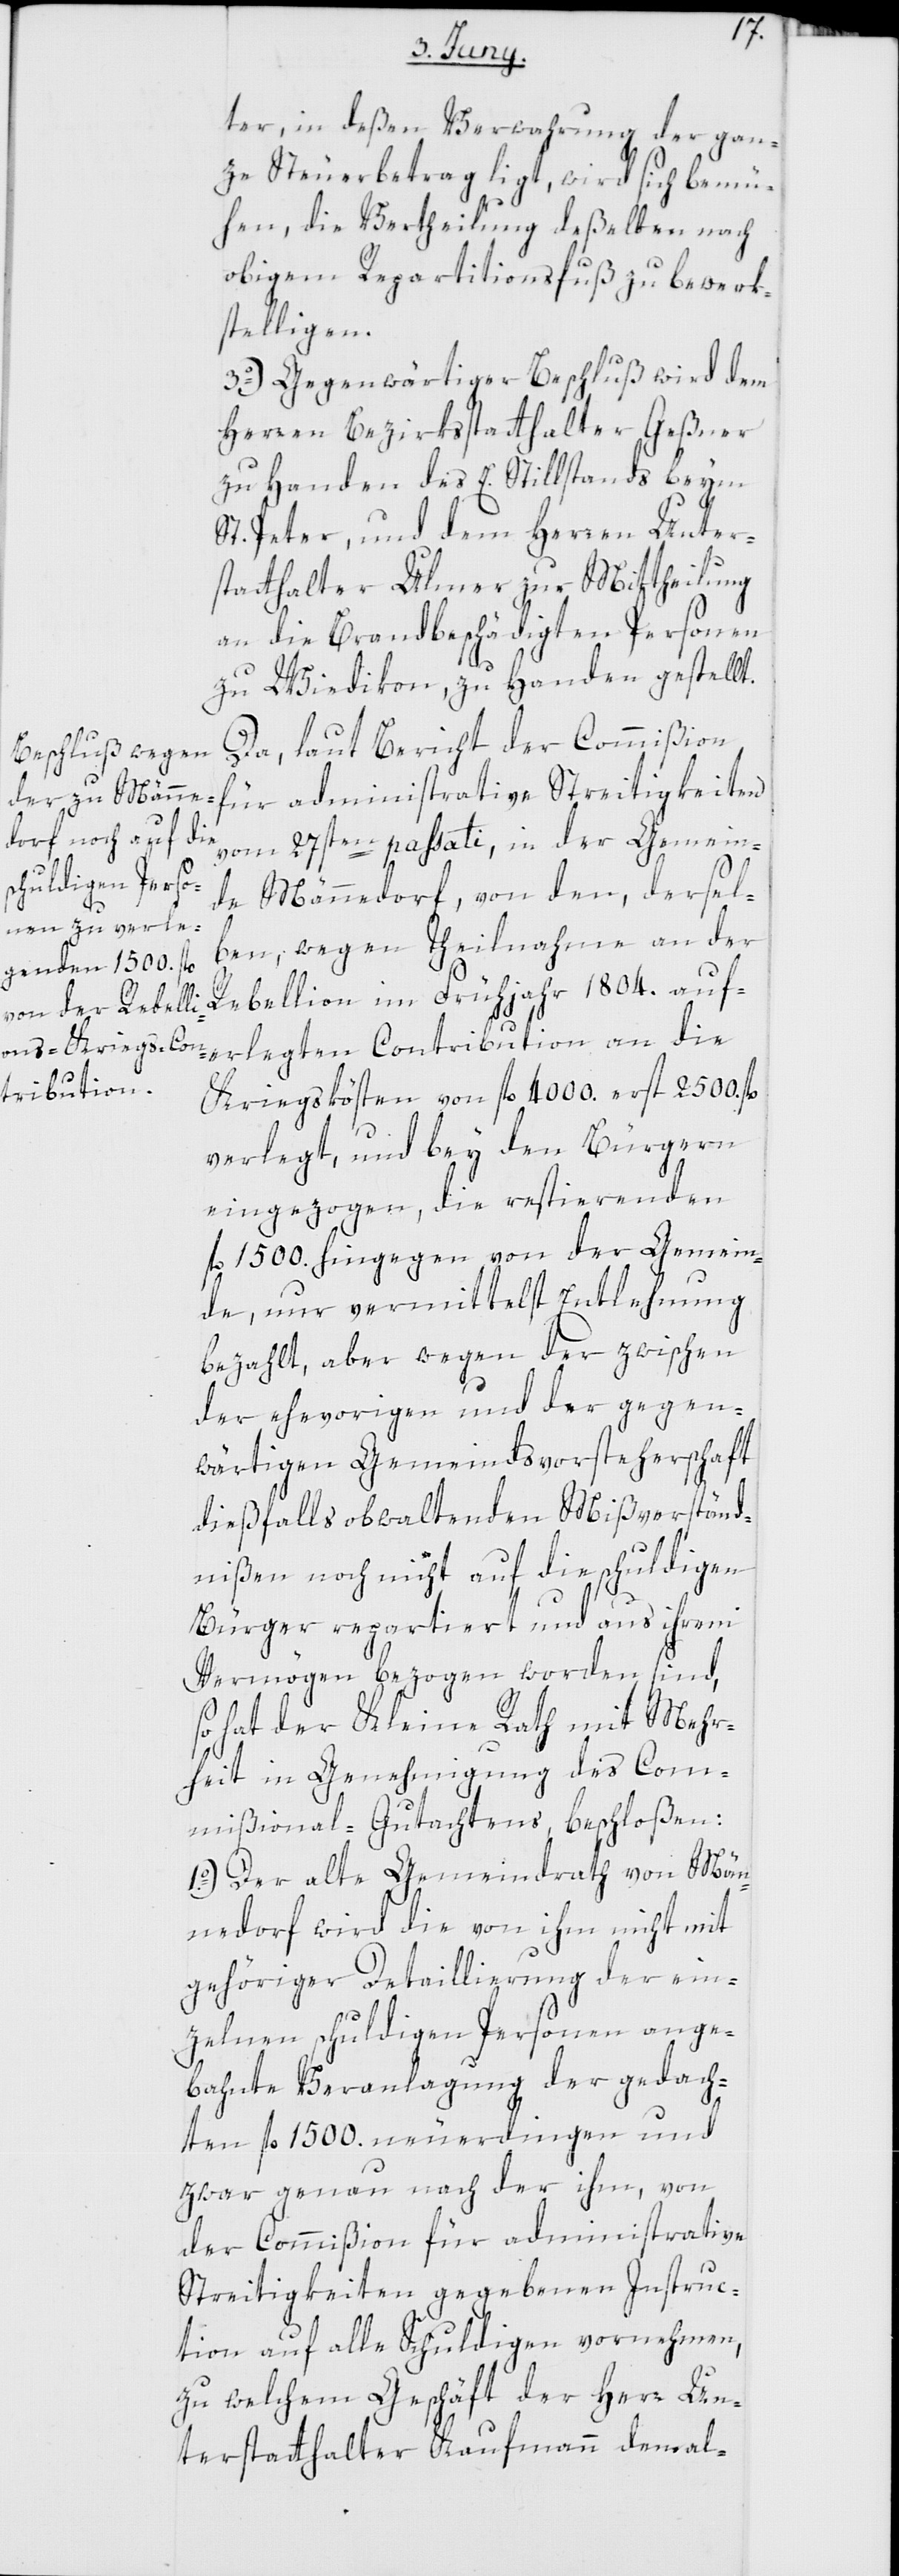
ter, in deßen Verwahrung der gan¬
ze Steuerbetrag ligt, wird sich bemü¬
hen, die Vertheilung deßelben nach
obigem Repartitionsfuß zu bewerk¬
stelligen.
3o) Gegenwärtiger Beschluß wird dem
Herren Bezirksstatthalter Geßner
zu Handen des E. Stillstands beym
St. Peter und dem Herren Unter¬
statthalter Ulmer zur Mittheilung
an die brandbeschädigten Personen
zu Wiedikon, zu Handen gestellt.
vom 27sten passati, in der Gemein¬
de Männedorf, von den, dersel¬
ben wegen Theilnahme an der
Rebellion im Frühjahr 1804. auf¬
erlegten Contribution an die
Kriegskösten von fl. 4000. erst 2500. fl.
verlegt, und bey den Bürgern
eingezogen, die restierenden
fl. 1500. hingegen von der Gemein¬
de, nur vermittelst Entlehung
bezahlt, aber wegen der zwischen
der ehevorigen und der gegen¬
wärtigen Gemeindsvorsteherschaft
dießfalls obwaltenden Mißverständ¬
nißen noch nicht auf die schuldigen
Bürger repartiert und aus ihrem
Vermögen bezogen worden sind,
so hat der Kleine Rath mit Mehr¬
heit in Genehmigung des Com¬
mißional-Gutachtens beschloßen:
1o.) Der alte Gemeindrath von Män¬
nedorf wird die von ihm nicht mit
gehöriger Detaillierung der ein¬
zelnen schuldigen Personen ange¬
bahnte Veranlagung der gedach¬
ten fl. 1500. neuerdingen, und
zwar genau nach der ihm, von
der Commißion für administrative
Streitigkeiten gegebenen Instruc¬
tion auf alle Schuldigen vornehmen,
zu welchem Geschäft der Herr Un¬
terstatthalter Kaufmann den al-